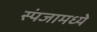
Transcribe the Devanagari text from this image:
स्पंजामध्ये